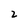
Character: 2